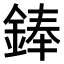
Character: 𫒩